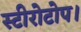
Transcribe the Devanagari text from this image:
स्टीरोटोप।